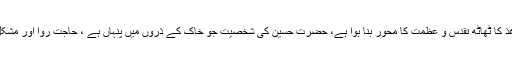
الغرض بانس اور کاغذ کا ٹھاٹھ تقدس و عظمت کا محور بنا ہوا ہے، حضرت حسین کی شخصیت جو خاک کے ذرّوں میں پنہاں ہے ، حاجت روا اور مشکل کشا مانی جاتی ہے